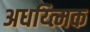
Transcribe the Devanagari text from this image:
अधय्त्मिक